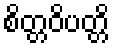
စိတ္တဝိပတ္တိ